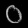
Digit: ၀